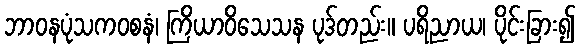
ဘာဝနပုံသကဝစနံ၊ ကြိယာဝိသေသန ပုဒ်တည်း။ ပရိညာယ၊ ပိုင်းခြား၍